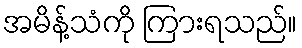
အမိန့်သံကို ကြားရသည်။